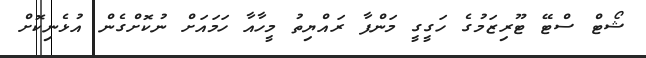
ޝޯޓް ސްޓޭ ޓޫރިޒަމުގެ ހަގީގީ މަންފާ ރައްޔިތު މީހާއާ ހަމައަށް ނުކޮށްގެން އުޅެނިކޮށް